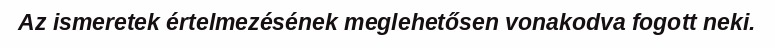
Az ismeretek értelmezésének meglehetősen vonakodva fogott neki.